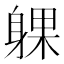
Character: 躶